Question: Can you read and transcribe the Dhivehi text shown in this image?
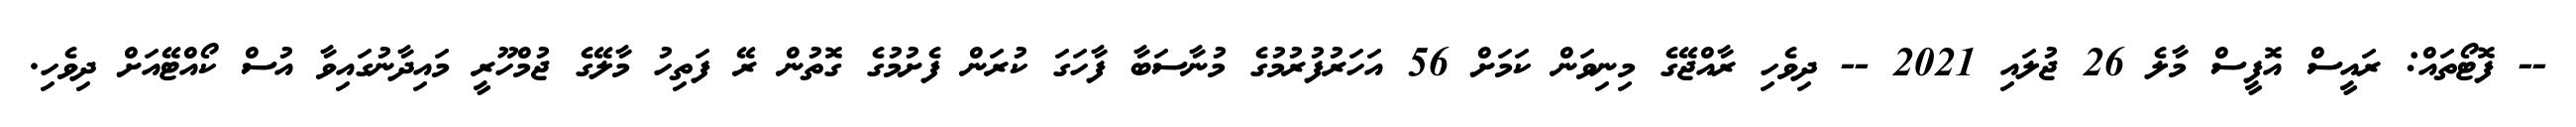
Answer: -- ފޮޓޯތައް: ރައީސް އޮފީސް މާލެ 26 ޖުލައި 2021 -- ދިވެހި ރާއްޖޭގެ މިނިވަން ކަމަށް 56 އަހަރުފުރުމުގެ މުނާސަބާ ފާހަގަ ކުރަން ފެށުމުގެ ގޮތުން ރޭ ފަތިހު މާލޭގެ ޖުމްހޫރީ މައިދާނުގައިވާ އުސް ކޯއްޓޭއަށް ދިވެހި.